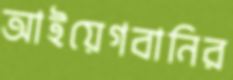
আইয়েগবানির